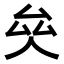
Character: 𠫯